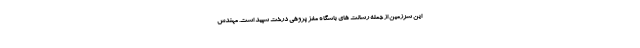
این سرزمین از جمله رسالت های باشگاه مغز پژوهی درخت سپید است. مهندس